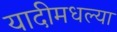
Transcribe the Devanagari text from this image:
यादीमधल्या